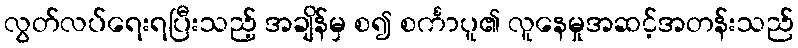
လွတ်လပ်ရေးရပြီးသည့် အချိန်မှ စ၍ စင်္ကာပူ၏ လူနေမှုအဆင့်အတန်းသည်